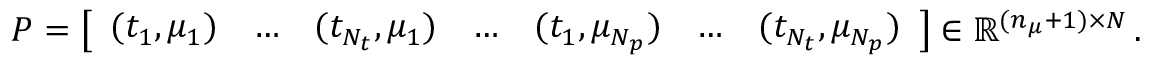
P = \left[ \begin{array} { c c c c c c c } { ( t _ { 1 } , \mu _ { 1 } ) } & { \ldots } & { ( t _ { N _ { t } } , \mu _ { 1 } ) } & { \ldots } & { ( t _ { 1 } , \mu _ { N _ { p } } ) } & { \ldots } & { ( t _ { N _ { t } } , \mu _ { N _ { p } } ) } \end{array} \right] \in \mathbb { R } ^ { ( n _ { \mu } + 1 ) \times N } \, .